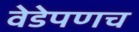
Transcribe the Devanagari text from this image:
वेडेपणच